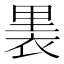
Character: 𧚣